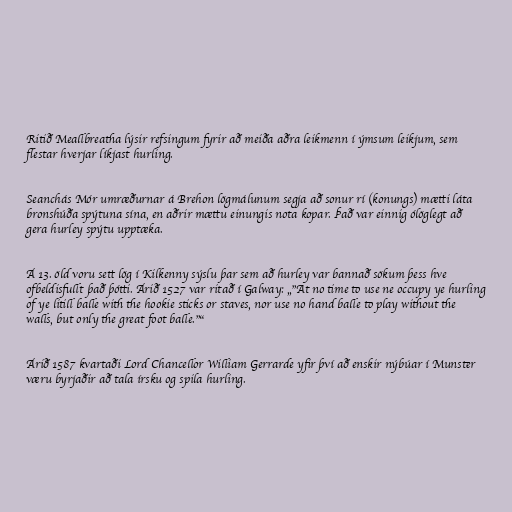
Ritið Meallbreatha lýsir refsingum fyrir að meiða aðra leikmenn í ýmsum leikjum, sem
flestar hverjar líkjast hurling.

Seanchás Mór umræðurnar á Brehon lögmálunum segja að sonur rí (konungs) mætti láta
bronshúða spýtuna sína, en aðrir mættu einungis nota kopar. Það var einnig ólöglegt að
gera hurley spýtu upptæka.

Á 13. öld voru sett lög í Kilkenny sýslu þar sem að hurley var bannað sökum þess hve
ofbeldisfullt það þótti. Árið 1527 var ritað í Galway: „"At no time to use ne occupy ye hurling
of ye litill balle with the hookie sticks or staves, nor use no hand balle to play without the
walls, but only the great foot balle."“

Árið 1587 kvartaði Lord Chancellor William Gerrarde yfir því að enskir nýbúar í Munster
væru byrjaðir að tala írsku og spila hurling.